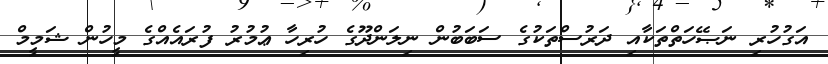
އަގުހުރި ނަޞޭހަތްތަކާއި ދަރުސްތަކުގެ ސަބަބުން ނިލަންދޫގެ ހުރިހާ ޢުމުރު ފުރައެއްގެ މީހުން ޝަމީމް